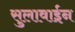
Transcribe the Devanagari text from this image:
सुलावाईन